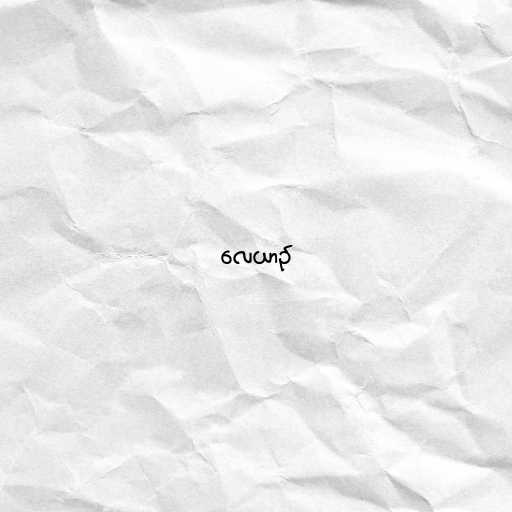
လေယာဉ်